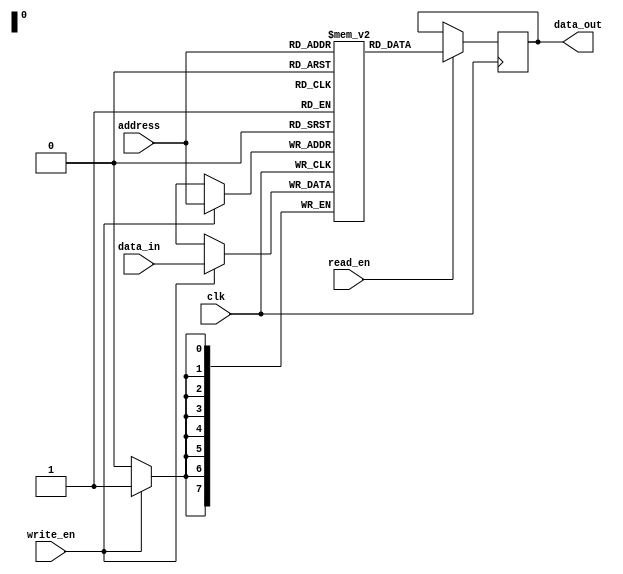
module Flash_ROM (
    input wire clk,
    input wire [7:0] address,
    input wire read_en,
    input wire write_en,
    input wire [7:0] data_in,
    output reg [7:0] data_out
);

reg [7:0] memory [0:255]; // 256 memory locations each storing 8 bits

always @(posedge clk) begin
    if (read_en) begin
        data_out <= memory[address];
    end
    if (write_en) begin
        memory[address] <= data_in;
    end
end

endmodule